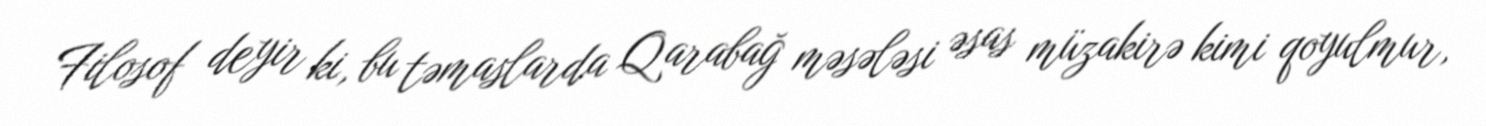
Filosof deyir ki, bu təmaslarda Qarabağ məsələsi əsas müzakirə kimi qoyulmur,